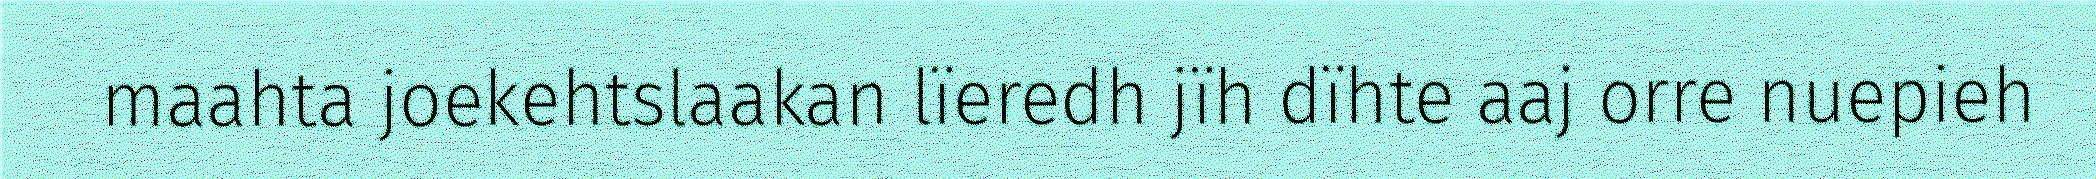
maahta joekehtslaakan lïeredh jïh dïhte aaj orre nuepieh